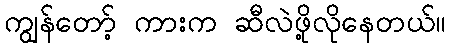
ကျွန်တော့် ကားက ဆီလဲဖို့လိုနေတယ်။